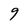
Character: 9